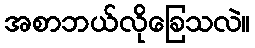
အစာဘယ်လိုခြေသလဲ။